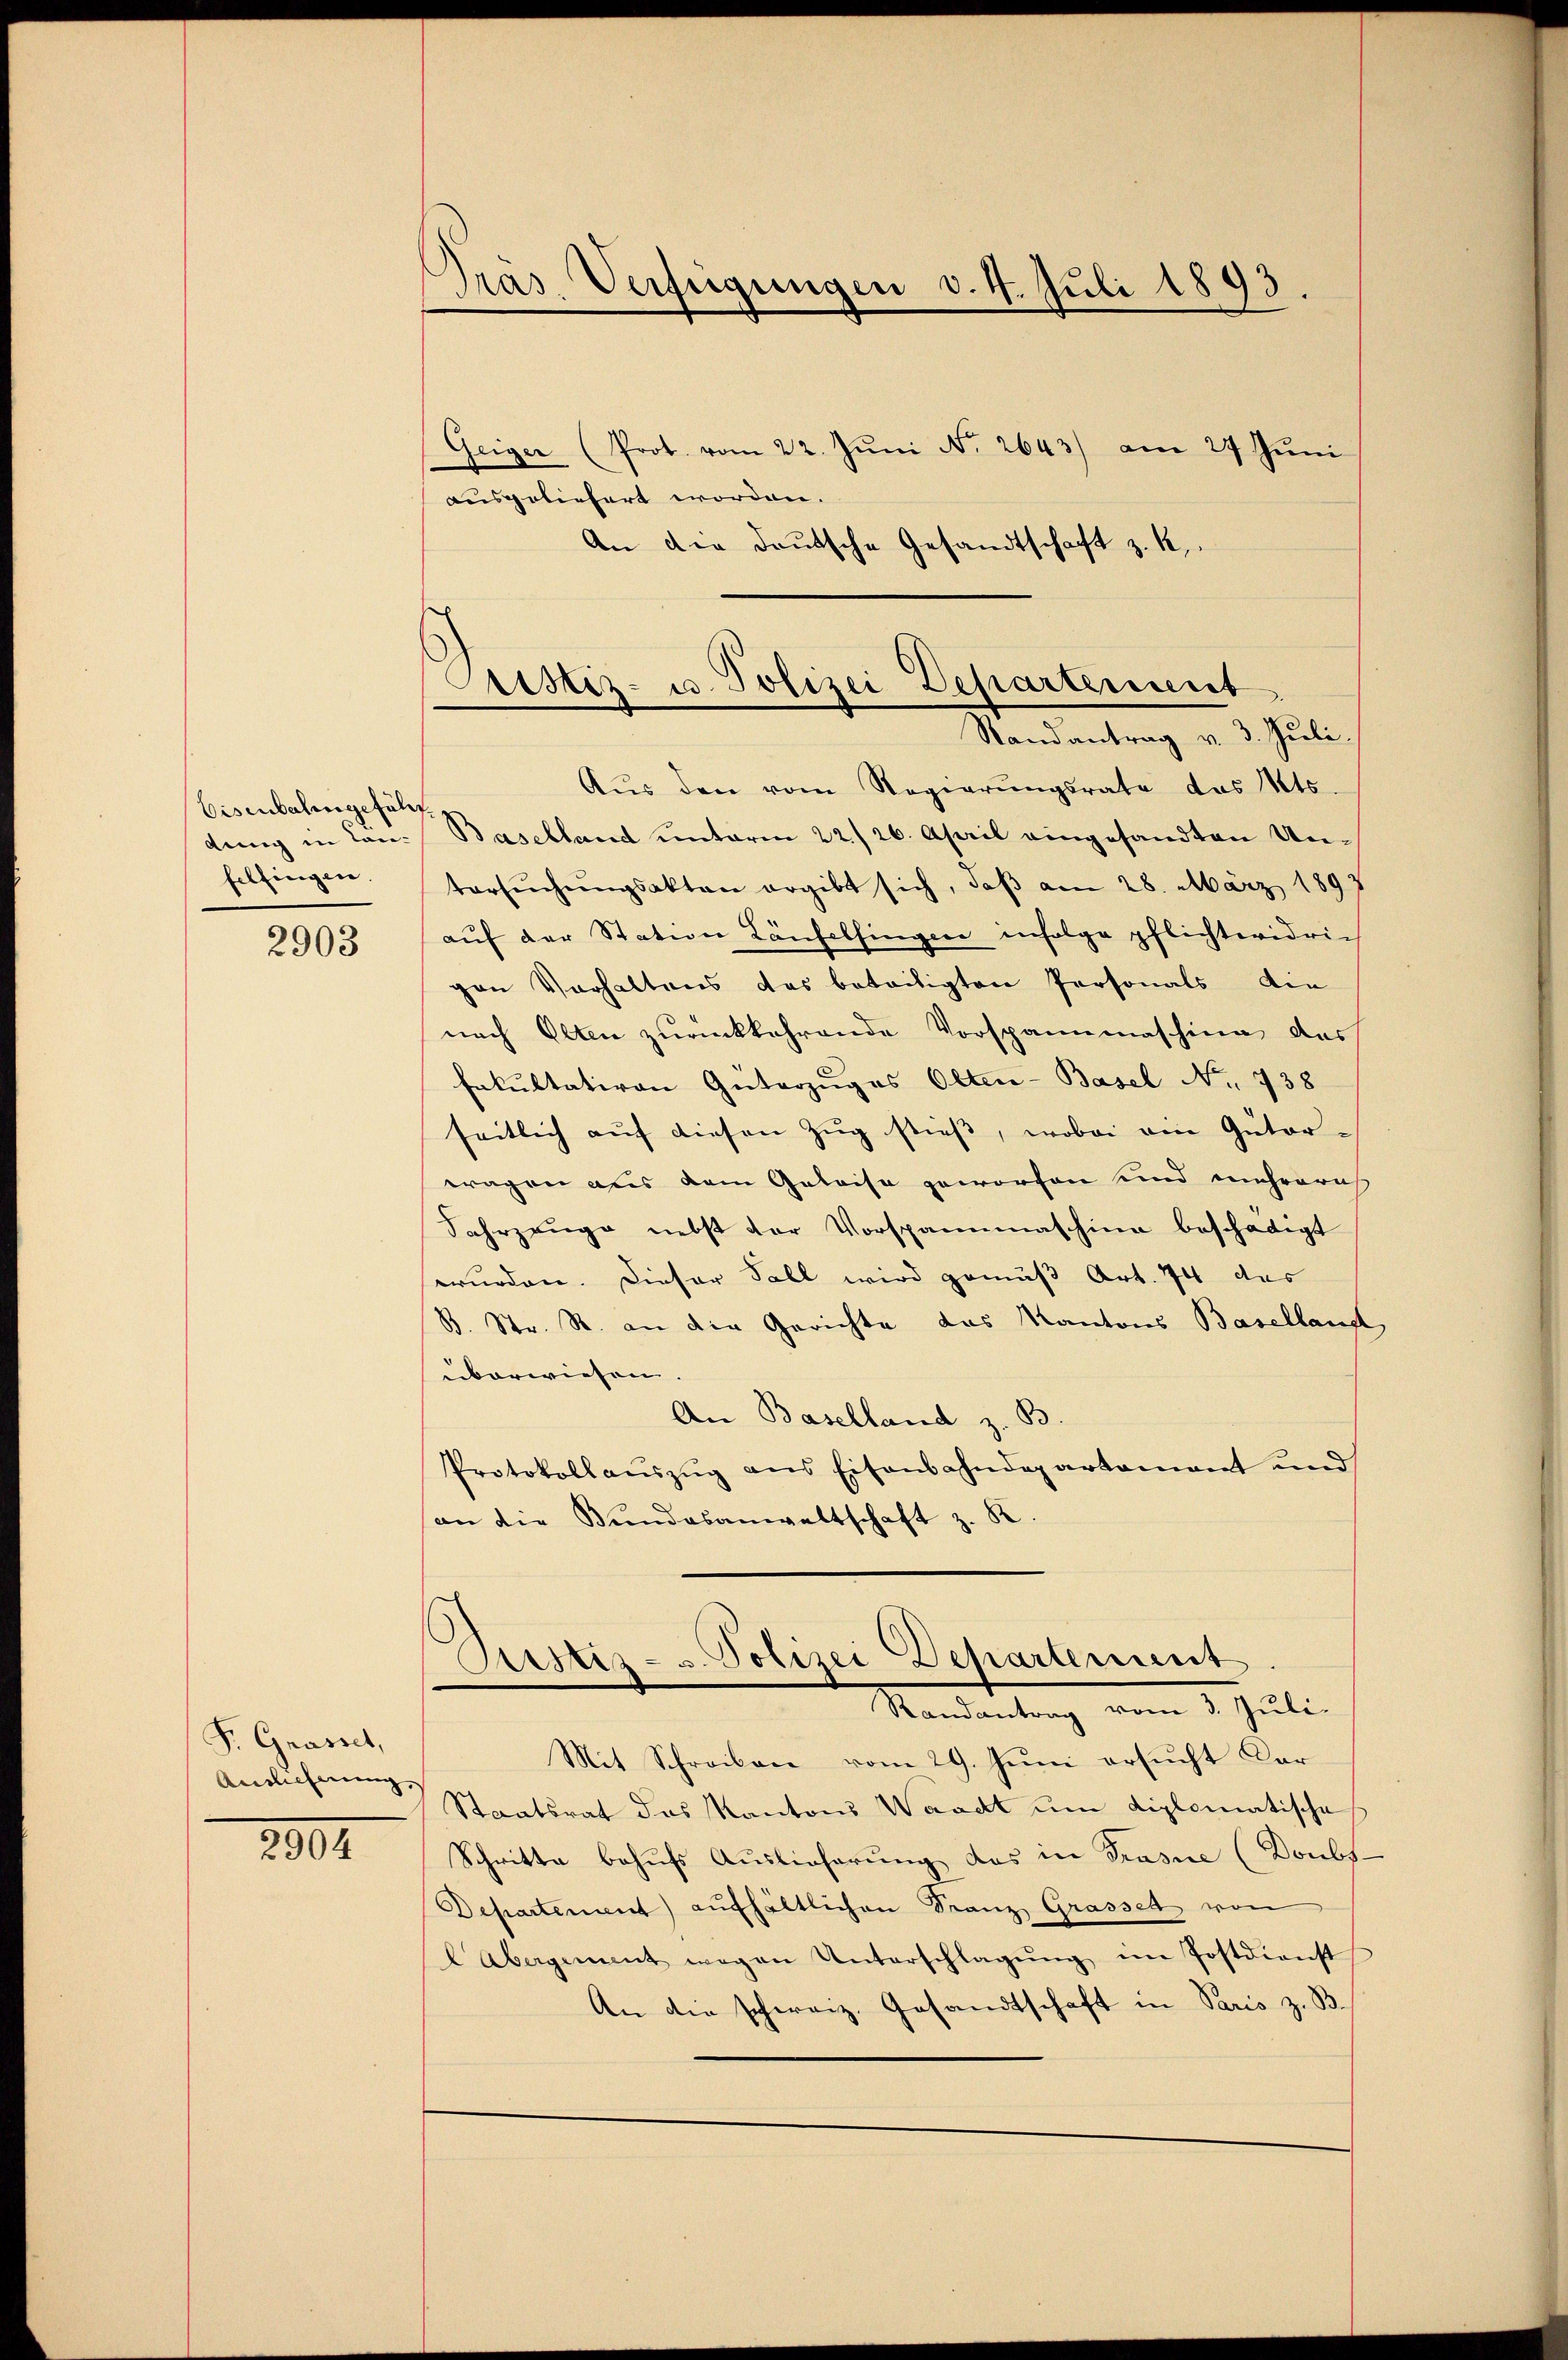
Eisenbalangeführ
felfingen.

2903

F. Grasset,
Ainlicherung,

2802

Präs. Verfügungen d. 4. Juli 1893
Geiger (Prot. vom 22. Jŭni No 2643) am 27 Jŭni

ausgeliefert worden.
An die deutsche Gesandtschaft z. K.

Aŭs den vom Regierŭngsrate das Mts.
dung in Can-Baselland unterm 22./26. April eingesandten Untersŭchŭngsakten ergibt sich, daß am 28. März 1897
aŭf der Station Landelfingen infolge pflichtwidrigen Verhaltens das beteiligten Personals die
nach Olten zurückkehrende Vorspannmaschinn das
Fakultativen Güterzuges Olten-Basel No. 738
seitlich auf diesen Zug stieß, wobei ein Güter-
wagen aus dem Geleise geworfen und mehreris
Fahrzeuge nebst der Vorspannmaschina beschädigt
wurden. Dieser Sall wird gemäß Art. 74 des
B. Str. R. an die Gerichte das Kantons Baselland,
überwiesen.
An Baselland z. B
Protokollaŭszŭg ans Eisenbahndepartamant und
an die Bundesanwaltschaft z. K
Astiz- u. Polizei Departement
Randantrag vom 3. Juli.
Mit Schreiben vom 29. Jŭni ersŭcht dar
Staatsrat das Kantons Waadt um diplomatische
Schritte behŭfs Auslieferung das in Grasne (Doubs.
Departement) aufhältlichen Franz Grassel von
l Abergement wegen Unterschlagŭng im Postdienst
An die schweiz. Gesandtschaft in Paris z. B

Austiz- u. Polizei Departement
Randantrag v. 3. Juli.